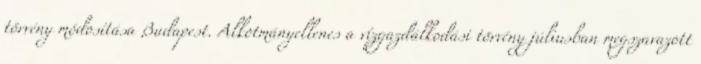
törvény módosítása Budapest. Alkotmányellenes a vízgazdálkodási törvény júliusban megszavazott